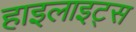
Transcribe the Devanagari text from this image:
हाइलाइट्स